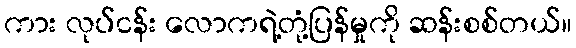
ကား လုပ်ငန်း လောကရဲ့တုံ့ပြန်မှုကို ဆန်းစစ်တယ်။